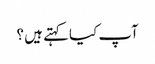
آپ کیا کہتے ہیں ؟